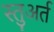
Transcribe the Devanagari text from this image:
स्तुअर्त